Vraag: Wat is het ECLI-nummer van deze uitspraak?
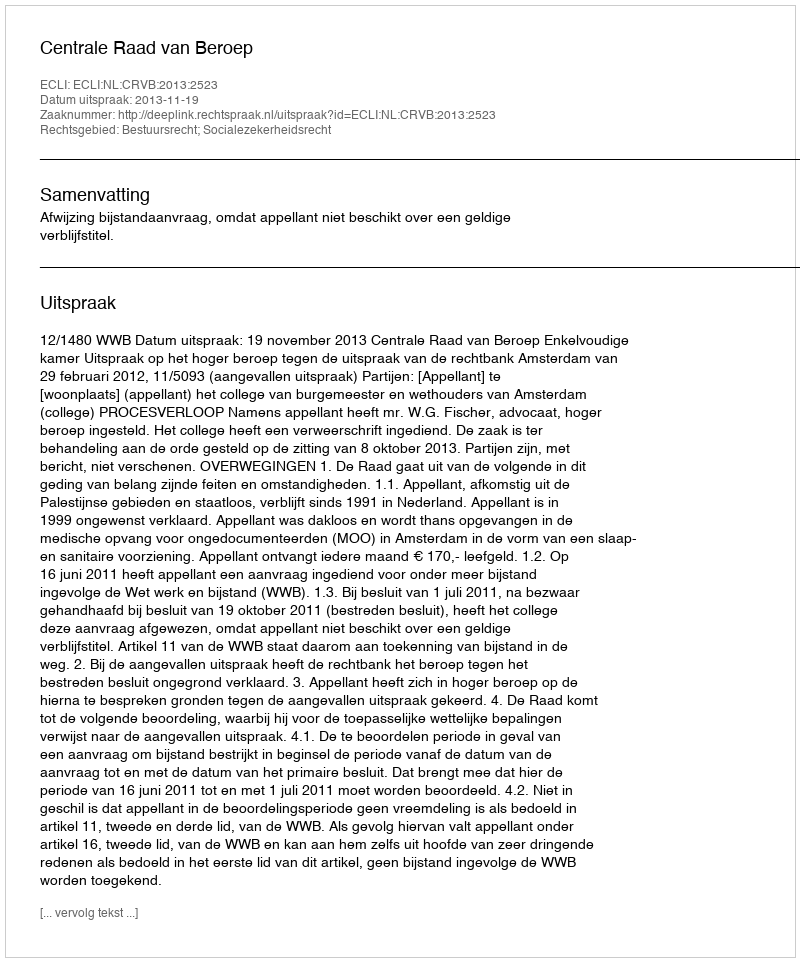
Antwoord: ECLI:NL:CRVB:2013:2523